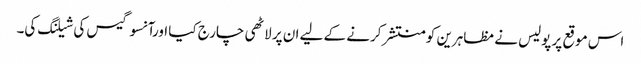
اس موقع پر پولیس نے مظاہرین کو منتشر کرنے کے لیے ان پر لاٹھی چارج کیا اورآنسو گیس کی شیلنگ کی۔